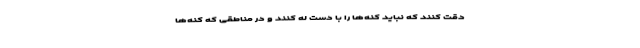
دقت کنند که نباید کنه‌ها را با دست له کنند و در مناطقی که کنه‌ها